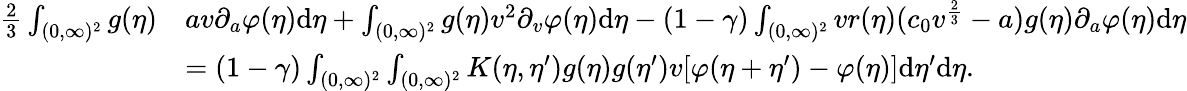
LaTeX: \begin{array}{rl}{\frac{2}{3}\int_{(0,\infty)^{2}}g(\eta)}&{av\partial_{a}\varphi(\eta)\textup{d}\eta+\int_{(0,\infty)^{2}}g(\eta)v^{2}\partial_{v}\varphi(\eta)\textup{d}\eta-(1-\gamma)\int_{(0,\infty)^{2}}vr(\eta)(c_{0}v^{\frac{2}{3}}-a)g(\eta)\partial_{a}\varphi(\eta)\textup{d}\eta}\\ &{=(1-\gamma)\int_{(0,\infty)^{2}}\int_{(0,\infty)^{2}}K(\eta,\eta^{\prime})g(\eta)g(\eta^{\prime})v[\varphi(\eta+\eta^{\prime})-\varphi(\eta)]\textup{d}\eta^{\prime}\textup{d}\eta.}\end{array}